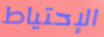
الإحتياط